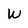
Character: W